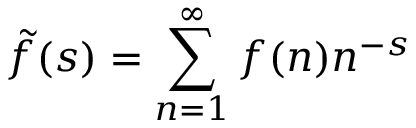
{ \tilde { f } } ( s ) = \sum _ { n = 1 } ^ { \infty } f ( n ) n ^ { - s }